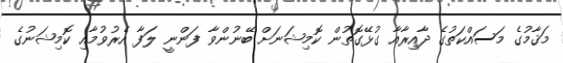
މަޤާމުގެ މަސައްކަތުގެ ދާއިރާއާ ގުޅޭގޮތުން ކޮމިޝަނަށް ބޭނުންވާ ފަންނީ ލަފާ އެރުވުމާއި ކޮމިޝަނުގެ